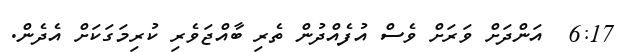
6:17  އަންދަށް ވަރަށް ވެސް އުފެއްދުން ތެރި ބާއްޖަވެރި ކުރިމަގަކަށް އެދެން.